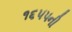
૧૬૫૫ની